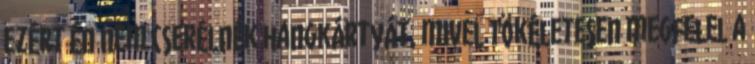
ezért én nem cserélnék hangkártyát, mivel tökéletesen megfelel a